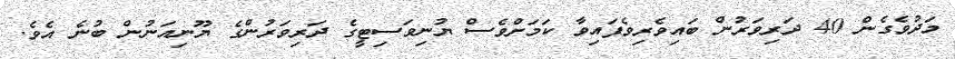
މަދުވެގެން 40 ދަރިވަރުން ބައިވެރިވެފައިވާ ކަމަށްވެސް ޔުނިވަސިޓީގެ ދަރިވަރުންގެ ޔޫނިއަނުން ބުނެ އެވެ.